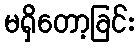
မရှိတော့ခြင်း